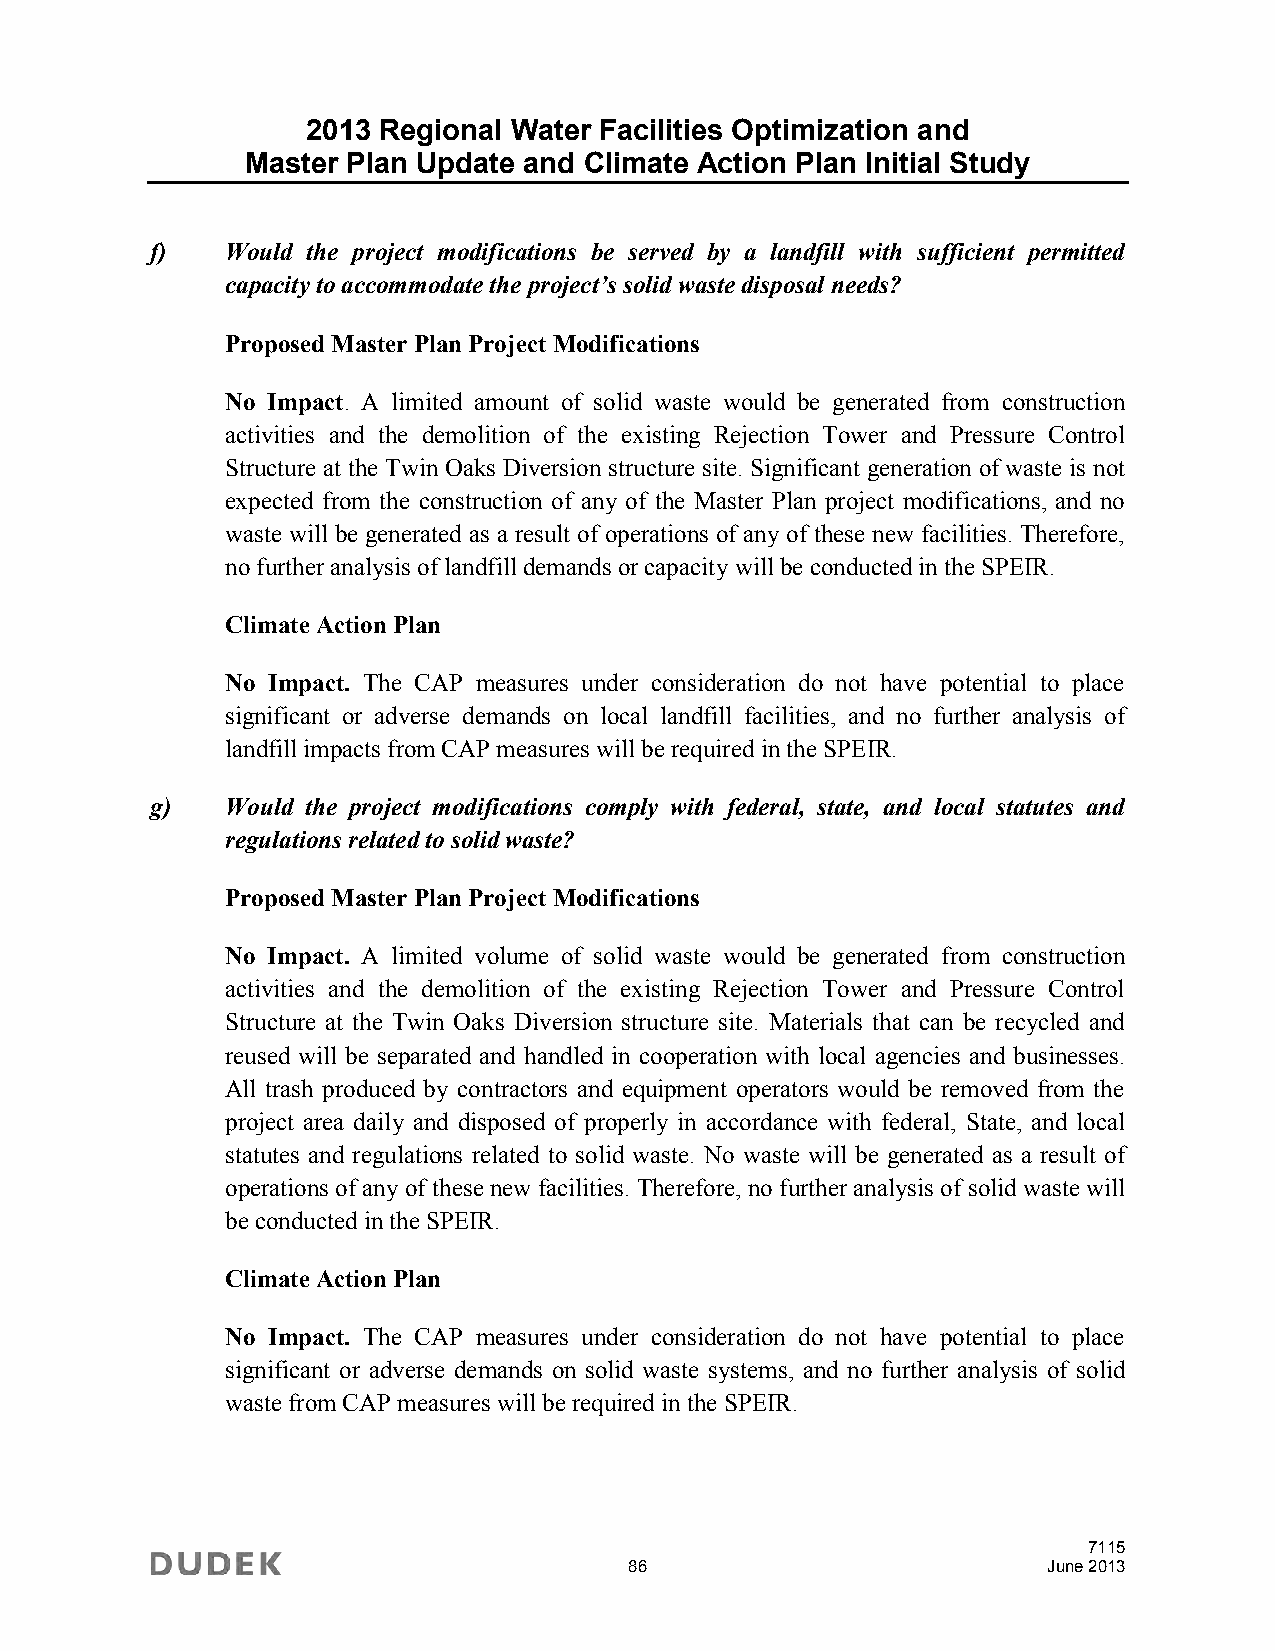
2013 Regional Water Facilities Optimization and
 Master Plan Update and Climate Action Plan Initial Study
 f)   Would the project modifications be served by a landfill with sufficient permitted
 capacity to accommodate the project’s solid waste disposal needs?
 Proposed Master Plan Project Modifications
 No Impact. A limited amount of solid waste would be generated from construction
 activities and the demolition of the existing Rejection Tower and Pressure Control
 Structure at the Twin Oaks Diversion structure site. Significant generation of waste is not
 expected from the construction of any of the Master Plan project modifications, and no
 waste will be generated as a result of operations of any of these new facilities. Therefore,
 no further analysis of landfill demands or capacity will be conducted in the SPEIR.
 Climate Action Plan
 No Impact. The CAP measures under consideration do not have potential to place
 significant or adverse demands on local landfill facilities, and no further analysis of
 landfill impacts from CAP measures will be required in the SPEIR.
 g)   Would the project modifications comply with federal, state, and local statutes and
 regulations related to solid waste?
 Proposed Master Plan Project Modifications
 No Impact. A limited volume of solid waste would be generated from construction
 activities and the demolition of the existing Rejection Tower and Pressure Control
 Structure at the Twin Oaks Diversion structure site. Materials that can be recycled and
 reused will be separated and handled in cooperation with local agencies and businesses.
 All trash produced by contractors and equipment operators would be removed from the
 project area daily and disposed of properly in accordance with federal, State, and local
 statutes and regulations related to solid waste. No waste will be generated as a result of
 operations of any of these new facilities. Therefore, no further analysis of solid waste will
 be conducted in the SPEIR.
 Climate Action Plan
 No Impact. The CAP measures under consideration do not have potential to place
 significant or adverse demands on solid waste systems, and no further analysis of solid
 waste from CAP measures will be required in the SPEIR.
 7115
 86                         June 2013